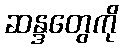
ဆန္ဒတွေကို